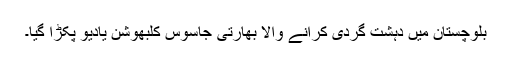
بلوچستان میں دہشت گردی کرانے والا بھارتی جاسوس کلبھوشن یادیو پکڑا گیا۔